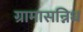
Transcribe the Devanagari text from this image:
ग्रामासन्निध